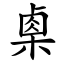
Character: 㮚